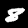
Digit: 8